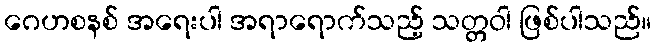
ဂေဟစနစ် အရေးပါ အရာရောက်သည့် သတ္တဝါ ဖြစ်ပါသည်။